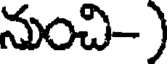
నుంచి-)